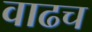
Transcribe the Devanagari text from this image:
वाढच